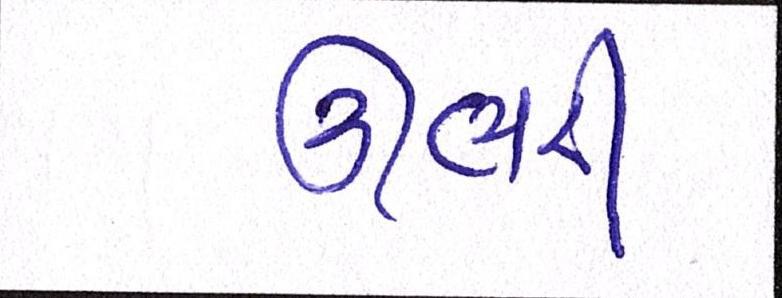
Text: ઉભરી